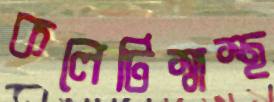
কলেটিস্বাস্থ